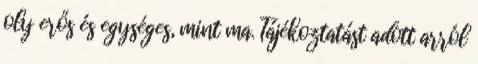
oly erős és egységes, mint ma. Tájékoztatást adott arról